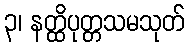
၃၊ နတ္ထိပုတ္တသမသုတ်